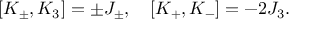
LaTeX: [ K _ { \pm } , K _ { 3 } ] = \pm J _ { \pm } , \quad [ K _ { + } , K _ { - } ] = - 2 J _ { 3 } .